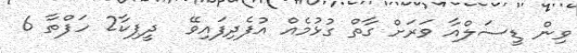
ވިން ޑީސަލްއާ ވަރަށް ގާތް ގުޅުމެއް އުފެދިފައިވޭ  ދީޕިކާ2 ހަފްތާ 6